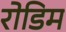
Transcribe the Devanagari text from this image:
रोडिम